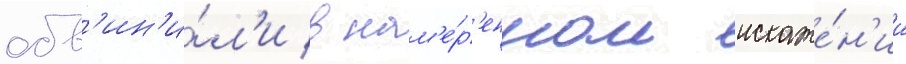
обв'ин'и́л'и в нам'е́р'енном искаже́н'ии